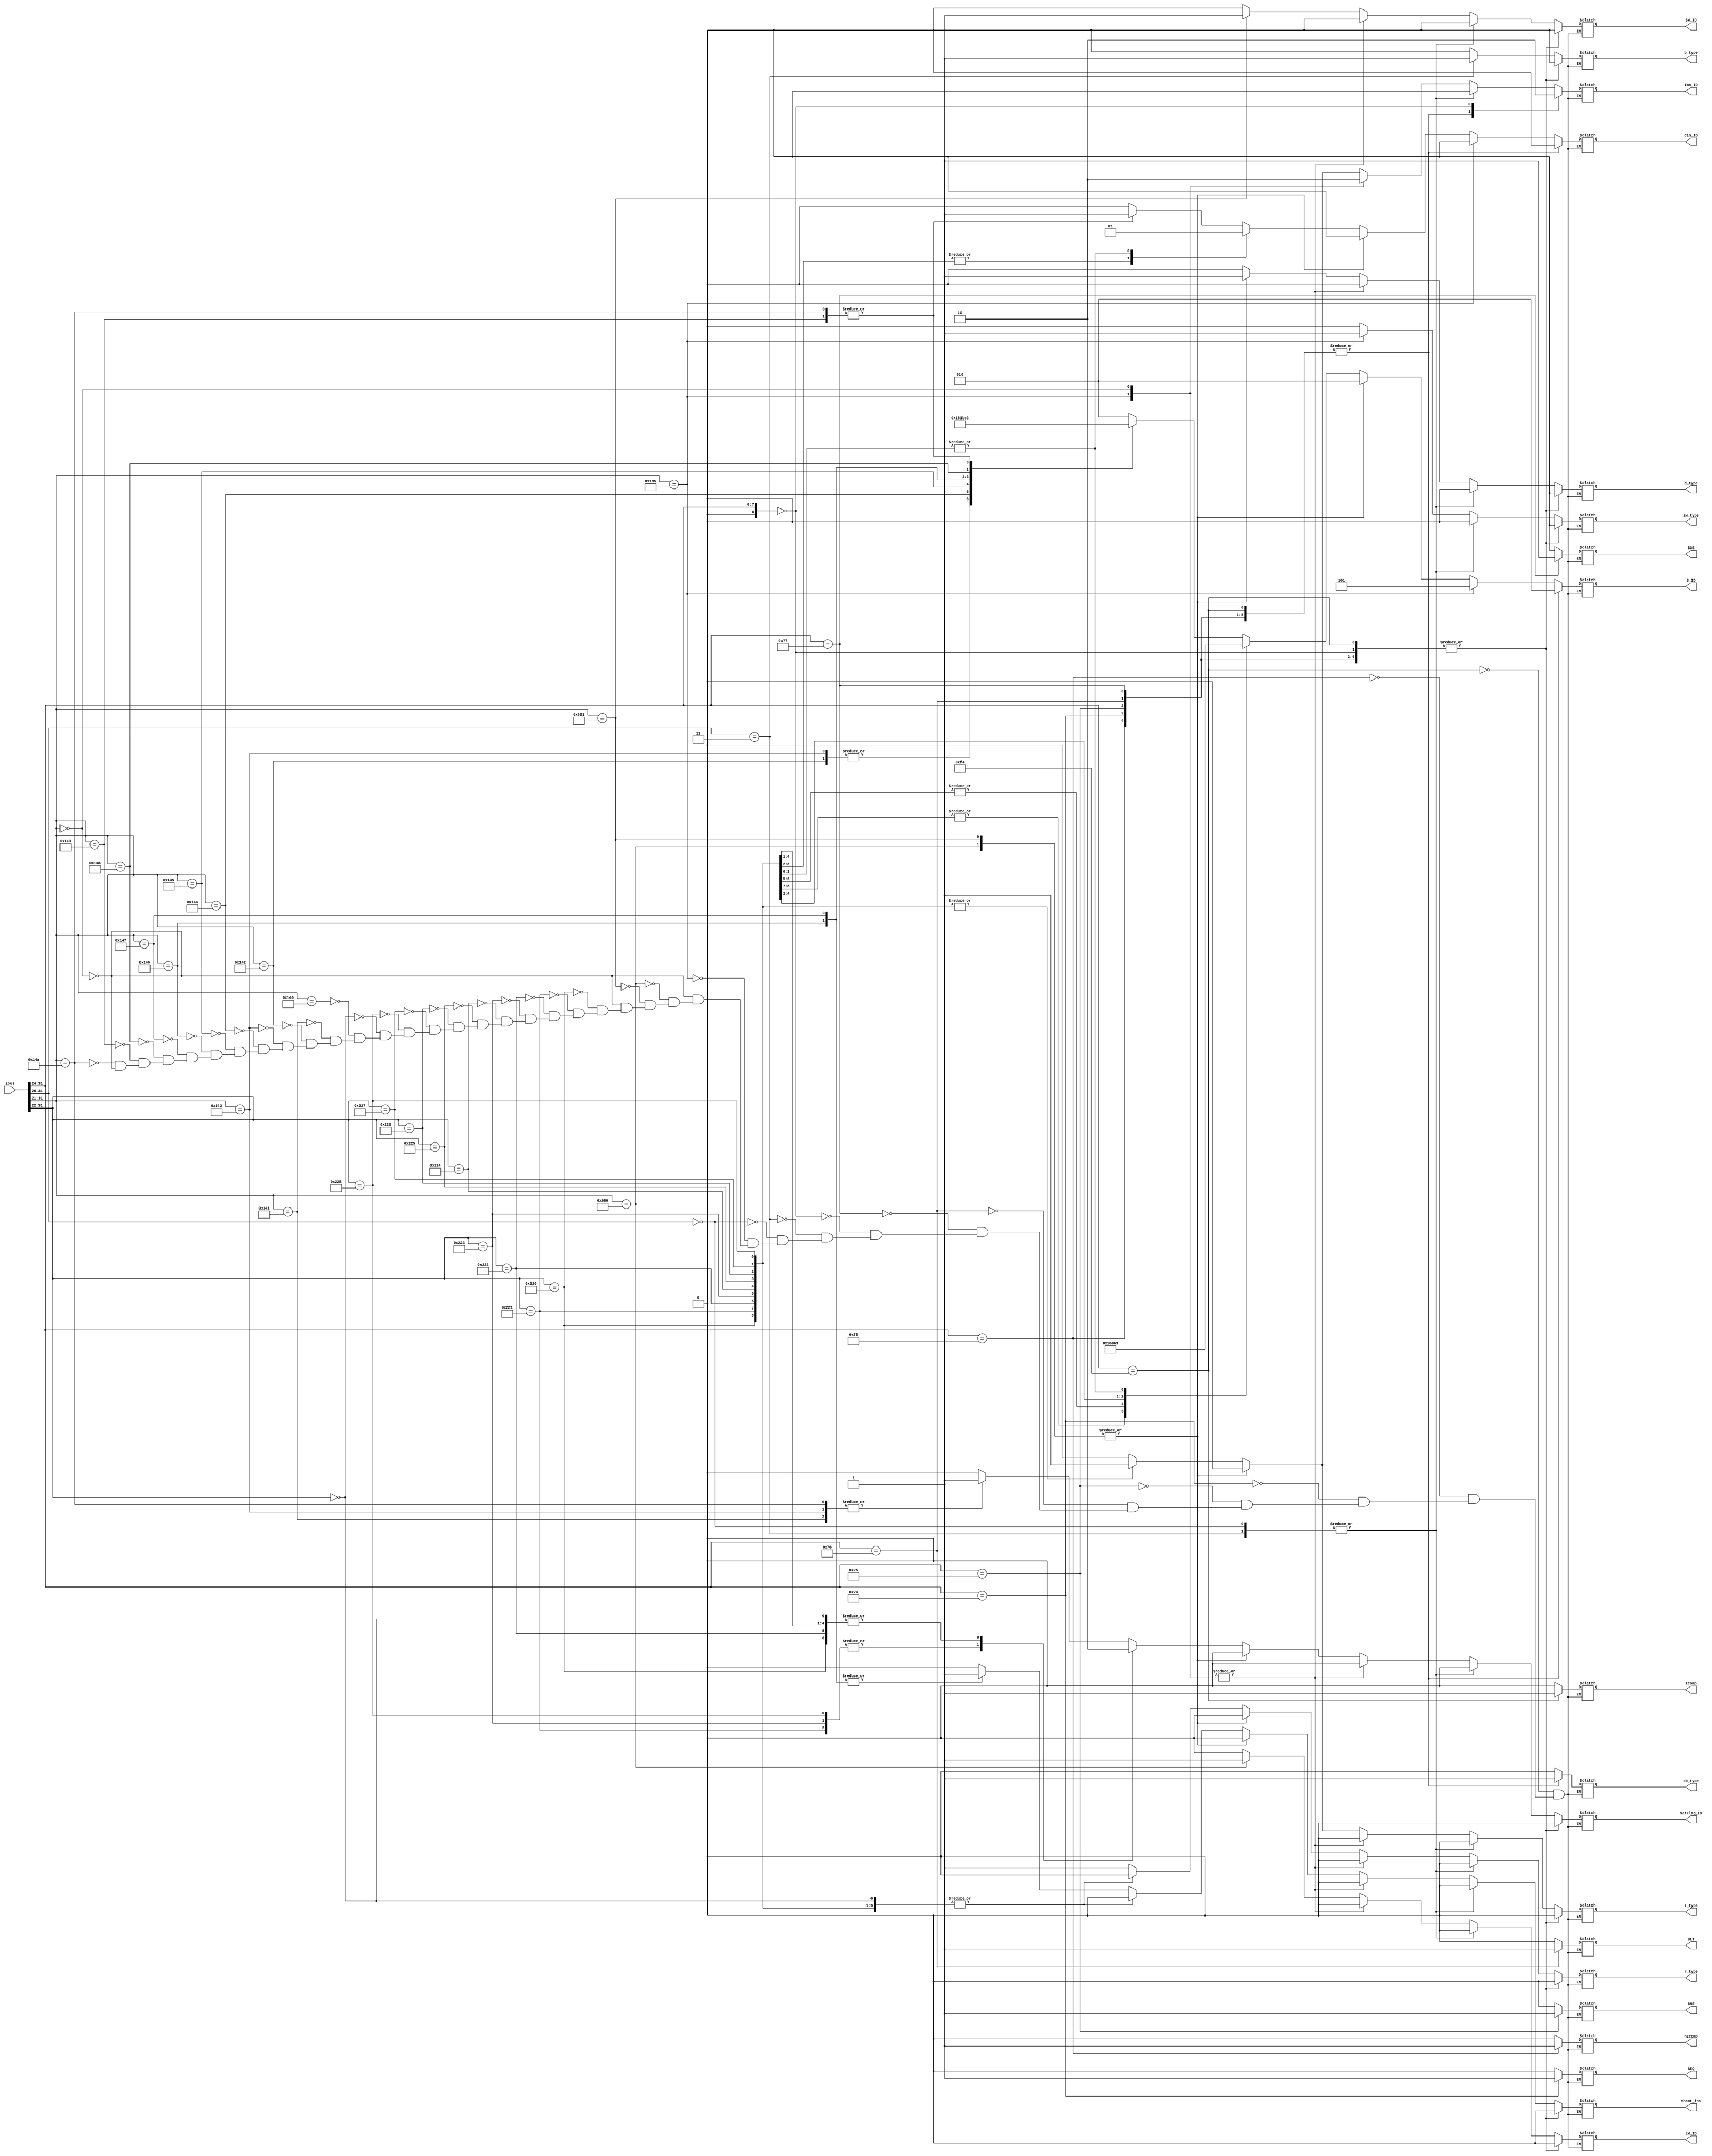
`timescale 1ns / 1ps
//////////////////////////////////////////////////////////////////////////////////
// Aryan Mehrotra
// 
// Module Name: opcode_decoder
// Description: Gives the instruction type from the operation code in ibus
// Project Name: Final Project
//////////////////////////////////////////////////////////////////////////////////


module opcode_decoder(ibus, S_ID, Cin_ID, Imm_ID,
                      SetFlag_ID, SW_ID, LW_ID, r_type,
                      i_type, d_type, b_type, cb_type, iw_type,
                      zcomp, nzcomp, BEQ, BNE, BLT, BGE, shamt_ins);
    //Instantiate inputs and outputs
    input[31:0] ibus;
    output reg [2:0] S_ID;
    output reg Cin_ID, Imm_ID, SetFlag_ID, SW_ID, LW_ID, r_type, i_type, d_type, b_type, cb_type, iw_type,
               zcomp, nzcomp, BEQ, BNE, BLT, BGE, shamt_ins;
               
    wire[10:0] r_code = ibus[31:21];
    wire[9:0] i_code = ibus[31:22];  
    wire[10:0] d_code = ibus[31:21];
    wire[5:0] b_code = ibus[31:26];
    wire[8:0] cb_code = ibus[31:24];
    wire[10:0] iw_code = ibus[31:21];
    
    always@(ibus) begin
        case(r_code)
            //ADD 
            11'b00101000000: begin
                S_ID = 3'b010;
                Cin_ID = 1'b0;
                Imm_ID = 1'b0; 
                SetFlag_ID = 1'b0;
                r_type = 1'b1;
                i_type = 1'b0; 
                d_type = 1'b0; 
                b_type = 1'b0; 
                cb_type = 1'b0;
                iw_type = 1'b0; 
                zcomp = 1'b0;
                nzcomp = 1'b0; 
                BEQ = 1'b0; 
                BNE = 1'b0; 
                BLT = 1'b0;
                BGE = 1'b0;
                SW_ID = 1'b0;
                LW_ID = 1'b0;
                shamt_ins = 1'b0;
            end
            //ADDS 
            11'b00101000001: begin
                S_ID = 3'b010;
                Cin_ID = 1'b0;
                Imm_ID = 1'b0; 
                SetFlag_ID = 1'b1;
                r_type = 1'b1;
                i_type = 1'b0; 
                d_type = 1'b0; 
                b_type = 1'b0; 
                cb_type = 1'b0;
                iw_type = 1'b0; 
                zcomp = 1'b0;
                nzcomp = 1'b0; 
                BEQ = 1'b0; 
                BNE = 1'b0; 
                BLT = 1'b0;
                BGE = 1'b0;
                SW_ID = 1'b0;
                LW_ID = 1'b0;
                shamt_ins = 1'b0;
            end
            //AND
            11'b00101000010: begin
                S_ID = 3'b110;
                Cin_ID = 1'b0;
                Imm_ID = 1'b0; 
                SetFlag_ID = 1'b0;
                r_type = 1'b1;
                i_type = 1'b0; 
                d_type = 1'b0; 
                b_type = 1'b0; 
                cb_type = 1'b0;
                iw_type = 1'b0;
                zcomp = 1'b0;
                nzcomp = 1'b0; 
                BEQ = 1'b0; 
                BNE = 1'b0; 
                BLT = 1'b0;
                BGE = 1'b0;
                SW_ID = 1'b0;
                LW_ID = 1'b0; 
                shamt_ins = 1'b0;
            end
            //ANDS
            11'b00101000011: begin
                S_ID = 3'b110;
                Cin_ID = 1'b0;
                Imm_ID = 1'b0; 
                SetFlag_ID = 1'b1;
                r_type = 1'b1;
                i_type = 1'b0; 
                d_type = 1'b0; 
                b_type = 1'b0; 
                cb_type = 1'b0;
                iw_type = 1'b0; 
                zcomp = 1'b0;
                nzcomp = 1'b0; 
                BEQ = 1'b0; 
                BNE = 1'b0; 
                BLT = 1'b0;
                BGE = 1'b0;
                SW_ID = 1'b0;
                LW_ID = 1'b0;
                shamt_ins = 1'b0;
            end
            //EOR
            11'b00101000100: begin
                S_ID = 3'b000;
                Cin_ID = 1'b0;
                Imm_ID = 1'b0; 
                SetFlag_ID = 1'b0;
                r_type = 1'b1;
                i_type = 1'b0; 
                d_type = 1'b0; 
                b_type = 1'b0; 
                cb_type = 1'b0;
                iw_type = 1'b0; 
                zcomp = 1'b0;
                nzcomp = 1'b0; 
                BEQ = 1'b0; 
                BNE = 1'b0; 
                BLT = 1'b0;
                BGE = 1'b0;
                SW_ID = 1'b0;
                LW_ID = 1'b0;
                shamt_ins = 1'b0;
            end
            //ENOR
            11'b00101000101: begin
                S_ID = 3'b001;
                Cin_ID = 1'b0;
                Imm_ID = 1'b0; 
                SetFlag_ID = 1'b0;
                r_type = 1'b1;
                i_type = 1'b0; 
                d_type = 1'b0; 
                b_type = 1'b0; 
                cb_type = 1'b0;
                iw_type = 1'b0; 
                zcomp = 1'b0;
                nzcomp = 1'b0; 
                BEQ = 1'b0; 
                BNE = 1'b0; 
                BLT = 1'b0;
                BGE = 1'b0;
                SW_ID = 1'b0;
                LW_ID = 1'b0;
                shamt_ins = 1'b0;
            end
            //LSL
            11'b00101000110: begin
                S_ID = 3'b101;
                Cin_ID = 1'b0;
                Imm_ID = 1'b0; 
                SetFlag_ID = 1'b0;
                r_type = 1'b1;
                i_type = 1'b0; 
                d_type = 1'b0; 
                b_type = 1'b0; 
                cb_type = 1'b0;
                iw_type = 1'b0; 
                zcomp = 1'b0;
                nzcomp = 1'b0; 
                BEQ = 1'b0; 
                BNE = 1'b0; 
                BLT = 1'b0;
                BGE = 1'b0;
                SW_ID = 1'b0;
                LW_ID = 1'b0;
                shamt_ins = 1'b1;
            end
            //LSR
            11'b00101000111: begin
                S_ID = 3'b111;
                Cin_ID = 1'b0;
                Imm_ID = 1'b0; 
                SetFlag_ID = 1'b0;
                r_type = 1'b1;
                i_type = 1'b0; 
                d_type = 1'b0; 
                b_type = 1'b0; 
                cb_type = 1'b0;
                iw_type = 1'b0; 
                zcomp = 1'b0;
                nzcomp = 1'b0; 
                BEQ = 1'b0; 
                BNE = 1'b0; 
                BLT = 1'b0;
                BGE = 1'b0;
                SW_ID = 1'b0;
                LW_ID = 1'b0;
                shamt_ins = 1'b1;
            end
            //ORR
            11'b00101001000: begin
                S_ID = 3'b100;
                Cin_ID = 1'b0;
                Imm_ID = 1'b0; 
                SetFlag_ID = 1'b0;
                r_type = 1'b1;
                i_type = 1'b0; 
                d_type = 1'b0; 
                b_type = 1'b0; 
                cb_type = 1'b0;
                iw_type = 1'b0; 
                zcomp = 1'b0;
                nzcomp = 1'b0; 
                BEQ = 1'b0; 
                BNE = 1'b0; 
                BLT = 1'b0;
                BGE = 1'b0;
                SW_ID = 1'b0;
                LW_ID = 1'b0;
                shamt_ins = 1'b0;
            end
            //SUB
            11'b00101001001: begin
                S_ID = 3'b011;
                Cin_ID = 1'b1;
                Imm_ID = 1'b0;
                SetFlag_ID = 1'b0;
                r_type = 1'b1;
                i_type = 1'b0; 
                d_type = 1'b0; 
                b_type = 1'b0; 
                cb_type = 1'b0;
                iw_type = 1'b0;  
                zcomp = 1'b0;
                nzcomp = 1'b0; 
                BEQ = 1'b0; 
                BNE = 1'b0; 
                BLT = 1'b0;
                BGE = 1'b0;
                SW_ID = 1'b0;
                LW_ID = 1'b0;
                shamt_ins = 1'b0;
            end
            //SUBS
            11'b00101001010: begin
                S_ID = 3'b011;
                Cin_ID = 1'b1;
                Imm_ID = 1'b0; 
                SetFlag_ID = 1'b1;
                r_type = 1'b1;
                i_type = 1'b0; 
                d_type = 1'b0; 
                b_type = 1'b0; 
                cb_type = 1'b0;
                iw_type = 1'b0; 
                zcomp = 1'b0;
                nzcomp = 1'b0; 
                BEQ = 1'b0; 
                BNE = 1'b0; 
                BLT = 1'b0;
                BGE = 1'b0;
                SW_ID = 1'b0;
                LW_ID = 1'b0;
                shamt_ins = 1'b0;
            end
            11'b00000000000: begin
                S_ID = 3'bxxx;
                Cin_ID = 1'bx;
                Imm_ID = 1'b0; 
                SetFlag_ID = 1'b0;
                r_type = 1'b0;
                i_type = 1'b0; 
                d_type = 1'b0; 
                b_type = 1'b0; 
                cb_type = 1'b0;
                iw_type = 1'b0; 
                zcomp = 1'b0;
                nzcomp = 1'b0; 
                BEQ = 1'b0; 
                BNE = 1'b0; 
                BLT = 1'b0;
                BGE = 1'b0;
                SW_ID = 1'b0;
                LW_ID = 1'b0;
                shamt_ins = 1'b0;
            end
        endcase
        case(i_code)
            //ADDI
            10'b1000100000: begin
                S_ID = 3'b010;
                Cin_ID = 1'b0;
                Imm_ID = 1'b1; 
                SetFlag_ID = 1'b0;
                r_type = 1'b0;
                i_type = 1'b1; 
                d_type = 1'b0; 
                b_type = 1'b0; 
                cb_type = 1'b0;
                iw_type = 1'b0;
                zcomp = 1'b0;
                nzcomp = 1'b0; 
                BEQ = 1'b0; 
                BNE = 1'b0; 
                BLT = 1'b0;
                BGE = 1'b0;
                SW_ID = 1'b0;
                LW_ID = 1'b0; 
                shamt_ins = 1'b0;
            end
            //ADDIS
            10'b1000100001: begin
                S_ID = 3'b010;
                Cin_ID = 1'b0;
                Imm_ID = 1'b1; 
                SetFlag_ID = 1'b1;
                r_type = 1'b0;
                i_type = 1'b1; 
                d_type = 1'b0; 
                b_type = 1'b0; 
                cb_type = 1'b0;
                iw_type = 1'b0; 
                zcomp = 1'b0;
                nzcomp = 1'b0; 
                BEQ = 1'b0; 
                BNE = 1'b0; 
                BLT = 1'b0;
                BGE = 1'b0;
                SW_ID = 1'b0;
                LW_ID = 1'b0;
                shamt_ins = 1'b0;
            end
            //ANDI
            10'b1000100010: begin
                S_ID = 3'b110;
                Cin_ID = 1'b0;
                Imm_ID = 1'b1; 
                SetFlag_ID = 1'b0;
                r_type = 1'b0;
                i_type = 1'b1; 
                d_type = 1'b0; 
                b_type = 1'b0; 
                cb_type = 1'b0;
                iw_type = 1'b0; 
                zcomp = 1'b0;
                nzcomp = 1'b0; 
                BEQ = 1'b0; 
                BNE = 1'b0; 
                BLT = 1'b0;
                BGE = 1'b0;
                SW_ID = 1'b0;
                LW_ID = 1'b0;
                shamt_ins = 1'b0;
            end
            //ANDIS
            10'b1000100011: begin
                S_ID = 3'b110;
                Cin_ID = 1'b0;
                Imm_ID = 1'b1;
                SetFlag_ID = 1'b1; 
                r_type = 1'b0;
                i_type = 1'b1; 
                d_type = 1'b0; 
                b_type = 1'b0; 
                cb_type = 1'b0;
                iw_type = 1'b0; 
                zcomp = 1'b0;
                nzcomp = 1'b0; 
                BEQ = 1'b0; 
                BNE = 1'b0; 
                BLT = 1'b0;
                BGE = 1'b0;
                SW_ID = 1'b0;
                LW_ID = 1'b0;
                shamt_ins = 1'b0;
            end
            //EORI
            10'b1000100100: begin
                S_ID = 3'b000;
                Cin_ID = 1'b0;
                Imm_ID = 1'b1; 
                SetFlag_ID = 1'b0;
                r_type = 1'b0;
                i_type = 1'b1; 
                d_type = 1'b0; 
                b_type = 1'b0; 
                cb_type = 1'b0;
                iw_type = 1'b0; 
                zcomp = 1'b0;
                nzcomp = 1'b0; 
                BEQ = 1'b0; 
                BNE = 1'b0; 
                BLT = 1'b0;
                BGE = 1'b0;
                SW_ID = 1'b0;
                LW_ID = 1'b0;
                shamt_ins = 1'b0;
            end
            //ENORI
            10'b1000100101: begin
                S_ID = 3'b001;
                Cin_ID = 1'b0;
                Imm_ID = 1'b1; 
                SetFlag_ID = 1'b0;
                r_type = 1'b0;
                i_type = 1'b1; 
                d_type = 1'b0; 
                b_type = 1'b0; 
                cb_type = 1'b0;
                iw_type = 1'b0;
                zcomp = 1'b0;
                nzcomp = 1'b0; 
                BEQ = 1'b0; 
                BNE = 1'b0; 
                BLT = 1'b0;
                BGE = 1'b0;
                SW_ID = 1'b0;
                LW_ID = 1'b0; 
                shamt_ins = 1'b0;
            end
            //ORRI
            10'b1000100110: begin
                S_ID = 3'b100;
                Cin_ID = 1'b0;
                Imm_ID = 1'b1; 
                SetFlag_ID = 1'b0;
                r_type = 1'b0;
                i_type = 1'b1; 
                d_type = 1'b0; 
                b_type = 1'b0; 
                cb_type = 1'b0;
                iw_type = 1'b0; 
                zcomp = 1'b0;
                nzcomp = 1'b0; 
                BEQ = 1'b0; 
                BNE = 1'b0; 
                BLT = 1'b0;
                BGE = 1'b0;
                SW_ID = 1'b0;
                LW_ID = 1'b0;
                shamt_ins = 1'b0;
            end
            //SUBI
            10'b1000100111: begin
                S_ID = 3'b011;
                Cin_ID = 1'b1;
                Imm_ID = 1'b1; 
                SetFlag_ID = 1'b0;
                r_type = 1'b0;
                i_type = 1'b1; 
                d_type = 1'b0; 
                b_type = 1'b0; 
                cb_type = 1'b0;
                iw_type = 1'b0; 
                zcomp = 1'b0;
                nzcomp = 1'b0; 
                BEQ = 1'b0; 
                BNE = 1'b0; 
                BLT = 1'b0;
                BGE = 1'b0;
                SW_ID = 1'b0;
                LW_ID = 1'b0;
                shamt_ins = 1'b0;
            end
            //SUBIS
            10'b1000101000: begin
                S_ID = 3'b011;
                Cin_ID = 1'b1;
                Imm_ID = 1'b1; 
                SetFlag_ID = 1'b1;
                r_type = 1'b0;
                i_type = 1'b1; 
                d_type = 1'b0; 
                b_type = 1'b0; 
                cb_type = 1'b0;
                iw_type = 1'b0; 
                zcomp = 1'b0;
                nzcomp = 1'b0; 
                BEQ = 1'b0; 
                BNE = 1'b0; 
                BLT = 1'b0;
                BGE = 1'b0;
                SW_ID = 1'b0;
                LW_ID = 1'b0;
                shamt_ins = 1'b0;
            end
            10'b0000000000: begin
                S_ID = 3'bxxx;
                Cin_ID = 1'bx;
                Imm_ID = 1'b0; 
                SetFlag_ID = 1'b0;
                r_type = 1'b0;
                i_type = 1'b0; 
                d_type = 1'b0; 
                b_type = 1'b0; 
                cb_type = 1'b0;
                iw_type = 1'b0; 
                zcomp = 1'b0;
                nzcomp = 1'b0; 
                BEQ = 1'b0; 
                BNE = 1'b0; 
                BLT = 1'b0;
                BGE = 1'b0;
                SW_ID = 1'b0;
                LW_ID = 1'b0;
                shamt_ins = 1'b0;
            end
        endcase  
        case(d_code)
            //LDUR
            11'b11010000000: begin
                S_ID = 3'b010;
                Cin_ID = 1'b0;
                Imm_ID = 1'b0; 
                SetFlag_ID = 1'b0;
                r_type = 1'b0;
                i_type = 1'b0; 
                d_type = 1'b1; 
                b_type = 1'b0; 
                cb_type = 1'b0;
                iw_type = 1'b0; 
                zcomp = 1'b0;
                nzcomp = 1'b0; 
                BEQ = 1'b0; 
                BNE = 1'b0; 
                BLT = 1'b0;
                BGE = 1'b0;
                SW_ID = 1'b0;
                LW_ID = 1'b1;
                shamt_ins = 1'b0;
            end
            //STUR
            11'b11010000001: begin
                S_ID = 3'b010;
                Cin_ID = 1'b0;
                Imm_ID = 1'b0;
                SetFlag_ID = 1'b0; 
                r_type = 1'b0;
                i_type = 1'b0; 
                d_type = 1'b1; 
                b_type = 1'b0; 
                cb_type = 1'b0;
                iw_type = 1'b0; 
                zcomp = 1'b0;
                nzcomp = 1'b0; 
                BEQ = 1'b0; 
                BNE = 1'b0; 
                BLT = 1'b0;
                BGE = 1'b0;
                SW_ID = 1'b1;
                LW_ID = 1'b0;
                shamt_ins = 1'b0;
            end
            11'b00000000000: begin
                S_ID = 3'bxxx;
                Cin_ID = 1'bx;
                Imm_ID = 1'b0; 
                SetFlag_ID = 1'b0;
                r_type = 1'b0;
                i_type = 1'b0; 
                d_type = 1'b0; 
                b_type = 1'b0; 
                cb_type = 1'b0;
                iw_type = 1'b0; 
                zcomp = 1'b0;
                nzcomp = 1'b0; 
                BEQ = 1'b0; 
                BNE = 1'b0; 
                BLT = 1'b0;
                BGE = 1'b0;
                SW_ID = 1'b0;
                LW_ID = 1'b0;
                shamt_ins = 1'b0;
            end
        endcase
        case(iw_code)
            //MOVZ
            9'b110010101: begin
                S_ID = 3'b101;
                Cin_ID = 1'b0;
                Imm_ID = 1'b1; 
                SetFlag_ID = 1'b0;
                r_type = 1'b0;
                i_type = 1'b0; 
                d_type = 1'b0; 
                b_type = 1'b0; 
                cb_type = 1'b0;
                iw_type = 1'b1; 
                zcomp = 1'b0;
                nzcomp = 1'b0; 
                BEQ = 1'b0; 
                BNE = 1'b0; 
                BLT = 1'b0;
                BGE = 1'b0;
                SW_ID = 1'b0;
                LW_ID = 1'b0;
                shamt_ins = 1'b0;
            end
            9'b000000000: begin
                S_ID = 3'bxxx;
                Cin_ID = 1'bx;
                Imm_ID = 1'b0; 
                SetFlag_ID = 1'b0;
                r_type = 1'b0;
                i_type = 1'b0; 
                d_type = 1'b0; 
                b_type = 1'b0; 
                cb_type = 1'b0;
                iw_type = 1'b0; 
                zcomp = 1'b0;
                nzcomp = 1'b0; 
                BEQ = 1'b0; 
                BNE = 1'b0; 
                BLT = 1'b0;
                BGE = 1'b0;
                SW_ID = 1'b0;
                LW_ID = 1'b0;
                shamt_ins = 1'b0;
            end
        endcase
        case(b_code)
            //B
            6'b000011: begin
                S_ID = 3'bxxx;
                Cin_ID = 1'bx;
                Imm_ID = 1'b0; 
                SetFlag_ID = 1'b0;
                r_type = 1'b0;
                i_type = 1'b0; 
                d_type = 1'b0; 
                b_type = 1'b1; 
                cb_type = 1'b0;
                iw_type = 1'b0; 
                zcomp = 1'b0;
                nzcomp = 1'b0; 
                BEQ = 1'b0; 
                BNE = 1'b0; 
                BLT = 1'b0;
                BGE = 1'b0;
                SW_ID = 1'b0;
                LW_ID = 1'b0;
                shamt_ins = 1'b0;
            end
            6'b000000: begin
                S_ID = 3'bxxx;
                Cin_ID = 1'bx;
                Imm_ID = 1'b0; 
                SetFlag_ID = 1'b0;
                r_type = 1'b0;
                i_type = 1'b0; 
                d_type = 1'b0; 
                b_type = 1'b0; 
                cb_type = 1'b0;
                iw_type = 1'b0; 
                zcomp = 1'b0;
                nzcomp = 1'b0; 
                BEQ = 1'b0; 
                BNE = 1'b0; 
                BLT = 1'b0;
                BGE = 1'b0;
                SW_ID = 1'b0;
                LW_ID = 1'b0;
                shamt_ins = 1'b0;
            end
        endcase
        case(cb_code)
            //CBZ
            8'b11110100: begin 
                S_ID = 3'b010;
                Cin_ID = 1'b0;
                Imm_ID = 1'b1;
                SetFlag_ID = 1'b0; 
                r_type = 1'b0;
                i_type = 1'b0; 
                d_type = 1'b0; 
                b_type = 1'b0; 
                cb_type = 1'b1;
                iw_type = 1'b0; 
                zcomp = 1'b1;
                nzcomp = 1'b0; 
                BEQ = 1'b0; 
                BNE = 1'b0; 
                BLT = 1'b0;
                BGE = 1'b0;
                SW_ID = 1'b0;
                LW_ID = 1'b0;
                shamt_ins = 1'b0;
            end
            //CBNZ
            8'b11110101: begin 
                S_ID = 3'b010;
                Cin_ID = 1'b0;
                Imm_ID = 1'b1; 
                SetFlag_ID = 1'b0;
                r_type = 1'b0;
                i_type = 1'b0; 
                d_type = 1'b0; 
                b_type = 1'b0; 
                cb_type = 1'b1;
                iw_type = 1'b0; 
                zcomp = 1'b0;
                nzcomp = 1'b1; 
                BEQ = 1'b0; 
                BNE = 1'b0; 
                BLT = 1'b0;
                BGE = 1'b0;
                SW_ID = 1'b0;
                LW_ID = 1'b0;
                shamt_ins = 1'b0;
            end
            //B.EQ
            8'b01110100: begin  
                S_ID = 3'b010;
                Cin_ID = 1'b0;
                Imm_ID = 1'b1; 
                SetFlag_ID = 1'b0;
                r_type = 1'b0;
                i_type = 1'b0; 
                d_type = 1'b0; 
                b_type = 1'b0; 
                cb_type = 1'b1;
                iw_type = 1'b0; 
                zcomp = 1'b0;
                nzcomp = 1'b0; 
                BEQ = 1'b1; 
                BNE = 1'b0; 
                BLT = 1'b0;
                BGE = 1'b0;
                SW_ID = 1'b0;
                LW_ID = 1'b0;
                shamt_ins = 1'b0;
            end
            //B.NE
            8'b01110101: begin 
                S_ID = 3'b010;
                Cin_ID = 1'b0;
                Imm_ID = 1'b1; 
                SetFlag_ID = 1'b0;
                r_type = 1'b0;
                i_type = 1'b0; 
                d_type = 1'b0; 
                b_type = 1'b0; 
                cb_type = 1'b1;
                iw_type = 1'b0; 
                zcomp = 1'b0;
                nzcomp = 1'b0; 
                BEQ = 1'b0; 
                BNE = 1'b1; 
                BLT = 1'b0;
                BGE = 1'b0;
                SW_ID = 1'b0;
                LW_ID = 1'b0;
                shamt_ins = 1'b0;
            end
            //B.LT (Signed)
            8'b01110110: begin 
                S_ID = 3'b010;
                Cin_ID = 1'b0;
                Imm_ID = 1'b1; 
                SetFlag_ID = 1'b0;
                r_type = 1'b0;
                i_type = 1'b0; 
                d_type = 1'b0; 
                b_type = 1'b0; 
                cb_type = 1'b1;
                iw_type = 1'b0; 
                zcomp = 1'b0;
                nzcomp = 1'b0; 
                BEQ = 1'b0; 
                BNE = 1'b0; 
                BLT = 1'b1;
                BGE = 1'b0;
                SW_ID = 1'b0;
                LW_ID = 1'b0;
                shamt_ins = 1'b0;
            end
            //B.GE (Signed)
            8'b01110111: begin 
                S_ID = 3'b010;
                Cin_ID = 1'b0;
                Imm_ID = 1'b1; 
                SetFlag_ID = 1'b0;
                r_type = 1'b0;
                i_type = 1'b0; 
                d_type = 1'b0; 
                b_type = 1'b0; 
                cb_type = 1'b1;
                iw_type = 1'b0; 
                zcomp = 1'b0;
                nzcomp = 1'b0; 
                BEQ = 1'b0; 
                BNE = 1'b0; 
                BLT = 1'b0;
                BGE = 1'b1;
                SW_ID = 1'b0;
                LW_ID = 1'b0;
                shamt_ins = 1'b0;
            end
            8'b00000000: begin
                S_ID = 3'bxxx;
                Cin_ID = 1'bx;
                Imm_ID = 1'b0; 
                SetFlag_ID = 1'b0;
                r_type = 1'b0;
                i_type = 1'b0; 
                d_type = 1'b0; 
                b_type = 1'b0; 
                cb_type = 1'b0;
                iw_type = 1'b0; 
                zcomp = 1'b0;
                nzcomp = 1'b0; 
                BEQ = 1'b0; 
                BNE = 1'b0; 
                BLT = 1'b0;
                BGE = 1'b0;
                SW_ID = 1'b0;
                LW_ID = 1'b0;
                shamt_ins = 1'b0;
            end
        endcase
      
    end 
    
    
endmodule